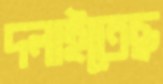
দলাইতেছ